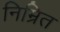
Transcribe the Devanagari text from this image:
निम्रित